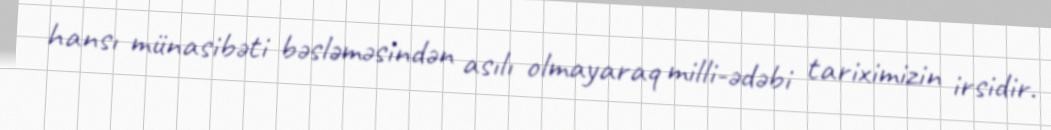
hansı münasibəti bəsləməsindən asılı olmayaraq milli-ədəbi tariximizin irsidir.